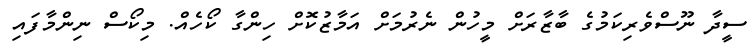
ސީދާ ނޫސްވެރިކަމުގެ ބާޒާރަށް މީހުން ނެރުމަށް އަމާޒުކޮށް ހިންގާ ކޯހެއް. މިކޯސް ނިންމާފައި